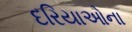
દરિયાઓના